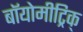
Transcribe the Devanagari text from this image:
बॉयोमीट्रिक्